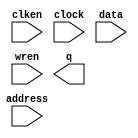
// megafunction wizard: %RAM: 1-PORT%VBB%
// GENERATION: STANDARD
// VERSION: WM1.0
// MODULE: altsyncram 

// ============================================================
// Megafunction Name(s):
// 			altsyncram
//
// Simulation Library Files(s):
// 			altera_mf
// ============================================================
// ************************************************************
// THIS IS A WIZARD-GENERATED FILE. DO NOT EDIT THIS FILE!
//
// 13.1.0 Build 162 10/23/2013 SJ Full Version
// ************************************************************

//Copyright (C) 1991-2013 Altera Corporation
//Your use of Altera Corporation's design tools, logic functions 
//and other software and tools, and its AMPP partner logic 
//functions, and any output files from any of the foregoing 
//(including device programming or simulation files), and any 
//associated documentation or information are expressly subject 
//to the terms and conditions of the Altera Program License 
//Subscription Agreement, Altera MegaCore Function License 
//Agreement, or other applicable license agreement, including, 
//without limitation, that your use is for the sole purpose of 
//programming logic devices manufactured by Altera and sold by 
//Altera or its authorized distributors.  Please refer to the 
//applicable agreement for further details.

module SwitchRAM (
	address,
	clken,
	clock,
	data,
	wren,
	q);

	input	[8:0]  address;
	input	  clken;
	input	  clock;
	input	[63:0]  data;
	input	  wren;
	output	[63:0]  q;
`ifndef ALTERA_RESERVED_QIS
// synopsys translate_off
`endif
	tri1	  clken;
	tri1	  clock;
`ifndef ALTERA_RESERVED_QIS
// synopsys translate_on
`endif

endmodule

// ============================================================
// CNX file retrieval info
// ============================================================
// Retrieval info: PRIVATE: ADDRESSSTALL_A NUMERIC "0"
// Retrieval info: PRIVATE: AclrAddr NUMERIC "0"
// Retrieval info: PRIVATE: AclrByte NUMERIC "0"
// Retrieval info: PRIVATE: AclrData NUMERIC "0"
// Retrieval info: PRIVATE: AclrOutput NUMERIC "0"
// Retrieval info: PRIVATE: BYTE_ENABLE NUMERIC "0"
// Retrieval info: PRIVATE: BYTE_SIZE NUMERIC "8"
// Retrieval info: PRIVATE: BlankMemory NUMERIC "0"
// Retrieval info: PRIVATE: CLOCK_ENABLE_INPUT_A NUMERIC "1"
// Retrieval info: PRIVATE: CLOCK_ENABLE_OUTPUT_A NUMERIC "1"
// Retrieval info: PRIVATE: Clken NUMERIC "1"
// Retrieval info: PRIVATE: DataBusSeparated NUMERIC "1"
// Retrieval info: PRIVATE: IMPLEMENT_IN_LES NUMERIC "0"
// Retrieval info: PRIVATE: INIT_FILE_LAYOUT STRING "PORT_A"
// Retrieval info: PRIVATE: INIT_TO_SIM_X NUMERIC "0"
// Retrieval info: PRIVATE: INTENDED_DEVICE_FAMILY STRING "Cyclone III"
// Retrieval info: PRIVATE: JTAG_ENABLED NUMERIC "0"
// Retrieval info: PRIVATE: JTAG_ID STRING "NONE"
// Retrieval info: PRIVATE: MAXIMUM_DEPTH NUMERIC "0"
// Retrieval info: PRIVATE: MIFfilename STRING "./switchFile/switchData12e.mif"
// Retrieval info: PRIVATE: NUMWORDS_A NUMERIC "512"
// Retrieval info: PRIVATE: RAM_BLOCK_TYPE NUMERIC "0"
// Retrieval info: PRIVATE: READ_DURING_WRITE_MODE_PORT_A NUMERIC "3"
// Retrieval info: PRIVATE: RegAddr NUMERIC "1"
// Retrieval info: PRIVATE: RegData NUMERIC "1"
// Retrieval info: PRIVATE: RegOutput NUMERIC "1"
// Retrieval info: PRIVATE: SYNTH_WRAPPER_GEN_POSTFIX STRING "0"
// Retrieval info: PRIVATE: SingleClock NUMERIC "1"
// Retrieval info: PRIVATE: UseDQRAM NUMERIC "1"
// Retrieval info: PRIVATE: WRCONTROL_ACLR_A NUMERIC "0"
// Retrieval info: PRIVATE: WidthAddr NUMERIC "9"
// Retrieval info: PRIVATE: WidthData NUMERIC "64"
// Retrieval info: PRIVATE: rden NUMERIC "0"
// Retrieval info: LIBRARY: altera_mf altera_mf.altera_mf_components.all
// Retrieval info: CONSTANT: CLOCK_ENABLE_INPUT_A STRING "NORMAL"
// Retrieval info: CONSTANT: CLOCK_ENABLE_OUTPUT_A STRING "NORMAL"
// Retrieval info: CONSTANT: INIT_FILE STRING "./switchFile/switchData12e.mif"
// Retrieval info: CONSTANT: INTENDED_DEVICE_FAMILY STRING "Cyclone III"
// Retrieval info: CONSTANT: LPM_HINT STRING "ENABLE_RUNTIME_MOD=NO"
// Retrieval info: CONSTANT: LPM_TYPE STRING "altsyncram"
// Retrieval info: CONSTANT: NUMWORDS_A NUMERIC "512"
// Retrieval info: CONSTANT: OPERATION_MODE STRING "SINGLE_PORT"
// Retrieval info: CONSTANT: OUTDATA_ACLR_A STRING "NONE"
// Retrieval info: CONSTANT: OUTDATA_REG_A STRING "CLOCK0"
// Retrieval info: CONSTANT: POWER_UP_UNINITIALIZED STRING "FALSE"
// Retrieval info: CONSTANT: READ_DURING_WRITE_MODE_PORT_A STRING "NEW_DATA_NO_NBE_READ"
// Retrieval info: CONSTANT: WIDTHAD_A NUMERIC "9"
// Retrieval info: CONSTANT: WIDTH_A NUMERIC "64"
// Retrieval info: CONSTANT: WIDTH_BYTEENA_A NUMERIC "1"
// Retrieval info: USED_PORT: address 0 0 9 0 INPUT NODEFVAL "address[8..0]"
// Retrieval info: USED_PORT: clken 0 0 0 0 INPUT VCC "clken"
// Retrieval info: USED_PORT: clock 0 0 0 0 INPUT VCC "clock"
// Retrieval info: USED_PORT: data 0 0 64 0 INPUT NODEFVAL "data[63..0]"
// Retrieval info: USED_PORT: q 0 0 64 0 OUTPUT NODEFVAL "q[63..0]"
// Retrieval info: USED_PORT: wren 0 0 0 0 INPUT NODEFVAL "wren"
// Retrieval info: CONNECT: @address_a 0 0 9 0 address 0 0 9 0
// Retrieval info: CONNECT: @clock0 0 0 0 0 clock 0 0 0 0
// Retrieval info: CONNECT: @clocken0 0 0 0 0 clken 0 0 0 0
// Retrieval info: CONNECT: @data_a 0 0 64 0 data 0 0 64 0
// Retrieval info: CONNECT: @wren_a 0 0 0 0 wren 0 0 0 0
// Retrieval info: CONNECT: q 0 0 64 0 @q_a 0 0 64 0
// Retrieval info: GEN_FILE: TYPE_NORMAL SwitchRAM.v TRUE
// Retrieval info: GEN_FILE: TYPE_NORMAL SwitchRAM.inc FALSE
// Retrieval info: GEN_FILE: TYPE_NORMAL SwitchRAM.cmp FALSE
// Retrieval info: GEN_FILE: TYPE_NORMAL SwitchRAM.bsf TRUE FALSE
// Retrieval info: GEN_FILE: TYPE_NORMAL SwitchRAM_inst.v FALSE
// Retrieval info: GEN_FILE: TYPE_NORMAL SwitchRAM_bb.v TRUE
// Retrieval info: LIB_FILE: altera_mf